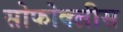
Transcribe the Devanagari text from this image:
सोफोक्लीस